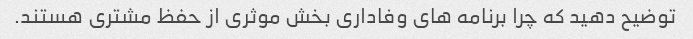
توضیح دهید که چرا برنامه های وفاداری بخش موثری از حفظ مشتری هستند.